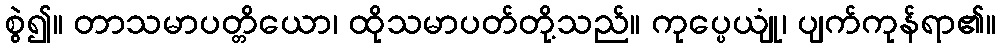
စွဲ၍။ တာသမာပတ္တိယော၊ ထိုသမာပတ်တို့သည်။ ကုပ္ပေယျုံ၊ ပျက်ကုန်ရာ၏။